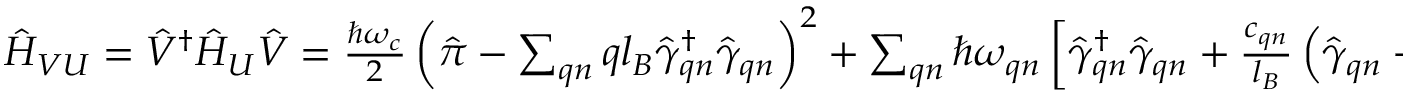
\begin{array} { r } { \hat { H } _ { V U } = \hat { V } ^ { \dagger } \hat { H } _ { U } \hat { V } = \frac { \hbar \omega _ { c } } { 2 } \left( \hat { \boldsymbol { \pi } } - \sum _ { \boldsymbol { q } n } \boldsymbol { q } l _ { B } \hat { \gamma } _ { \boldsymbol { q } n } ^ { \dagger } \hat { \gamma } _ { \boldsymbol { q } n } \right) ^ { 2 } + \sum _ { \boldsymbol { q } n } \hbar \omega _ { \boldsymbol { q } n } \left[ \hat { \gamma } _ { \boldsymbol { q } n } ^ { \dagger } \hat { \gamma } _ { \boldsymbol { q } n } + \frac { c _ { \boldsymbol { q } n } } { l _ { B } } \left( \hat { \gamma } _ { \boldsymbol { q } n } + \hat { \gamma } _ { \boldsymbol { q } n } ^ { \dagger } \right) \right] . } \end{array}